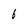
Character: 6